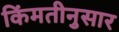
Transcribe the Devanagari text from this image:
किंमतीनुसार